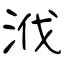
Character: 浌